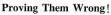
Proving Them Wrong!